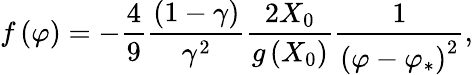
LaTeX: f\left(\varphi\right)=-\frac{4}{9}\frac{\left(1-\gamma\right)}{\gamma^{2}}\frac{2X_{0}}{g\left(X_{0}\right)}\frac{1}{\left(\varphi-\varphi_{*}\right)^{2}},